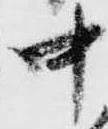
中